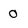
Character: 0